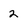
Character: 2